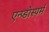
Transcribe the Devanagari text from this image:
एन्प्डोस्पर्म